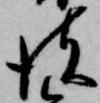
彼